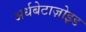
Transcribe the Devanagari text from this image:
अर्धबेटाज़ोइड